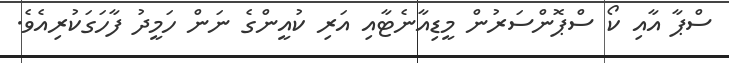
ސްޕާ އާއި ކޯ ސްޕޮންސަރުން މީޑިއާނެޓާއި އަރި ކުއީންގެ ނަން ހަމީދު ފާހަގަކުރިއެވެ.